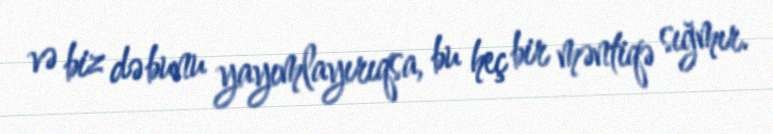
və biz də bunu yayımlayırıqsa, bu heç bir məntiqə sığmır.